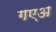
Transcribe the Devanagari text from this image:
गएअ